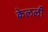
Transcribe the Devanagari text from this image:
केलली